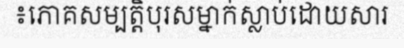
៖ភោគសម្បត្តិបុរសម្នាក់ស្លាប់ដោយសារ